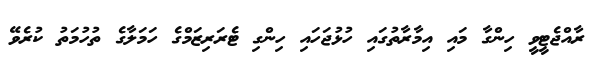
ރާއްޖެޓީވީ ހިންގާ މައި އިމާރާތުގައި ހުޅުޖަހައި ހިންގި ޓެރަރިޒަމްގެ ހަމަލާގެ ތުހުމަތު ކުރެވޭ